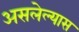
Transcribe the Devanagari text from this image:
असलेल्यास